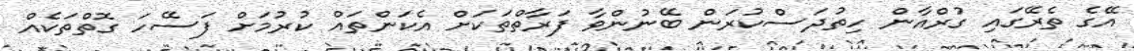
އޭގެ ތެރޭގައި ގުރްއާން ހިތުދަސްކުރަން ބޭނުންވާ ފަރާތްތަކަށް އެކަންތައް ކުރުމަށް ފަސޭހަ ގޮތްތަކެއް